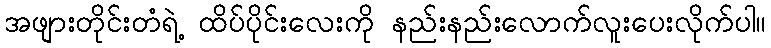
အဖျားတိုင်းတံရဲ့ ထိပ်ပိုင်းလေးကို နည်းနည်းလောက်လူးပေးလိုက်ပါ။